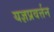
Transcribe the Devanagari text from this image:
यज्ञप्रवर्त्तन